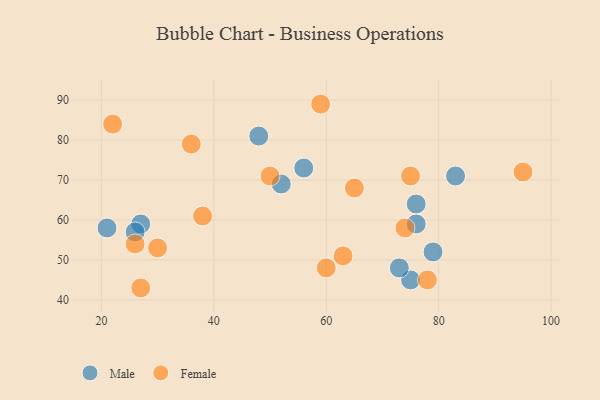
{"axis": {"x": "GDP", "y": "Life Expectancy"}, "legend": ["Female", "Male"], "data": [{"x": "48", "y": 81, "type": "Male"}, {"x": "83", "y": 71, "type": "Male"}, {"x": "21", "y": 58, "type": "Male"}, {"x": "75", "y": 45, "type": "Male"}, {"x": "27", "y": 59, "type": "Male"}, {"x": "56", "y": 73, "type": "Male"}, {"x": "79", "y": 52, "type": "Male"}, {"x": "76", "y": 64, "type": "Male"}, {"x": "26", "y": 57, "type": "Male"}, {"x": "52", "y": 69, "type": "Male"}, {"x": "76", "y": 59, "type": "Male"}, {"x": "73", "y": 48, "type": "Male"}, {"x": "38", "y": 61, "type": "Female"}, {"x": "65", "y": 68, "type": "Female"}, {"x": "95", "y": 72, "type": "Female"}, {"x": "22", "y": 84, "type": "Female"}, {"x": "50", "y": 71, "type": "Female"}, {"x": "36", "y": 79, "type": "Female"}, {"x": "78", "y": 45, "type": "Female"}, {"x": "60", "y": 48, "type": "Female"}, {"x": "26", "y": 54, "type": "Female"}, {"x": "59", "y": 89, "type": "Female"}, {"x": "63", "y": 51, "type": "Female"}, {"x": "75", "y": 71, "type": "Female"}, {"x": "30", "y": 53, "type": "Female"}, {"x": "74", "y": 58, "type": "Female"}, {"x": "27", "y": 43, "type": "Female"}]}